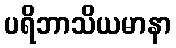
ပရိဘာသိယမာနာ